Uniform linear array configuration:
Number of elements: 8
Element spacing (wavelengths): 1
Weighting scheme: uniform
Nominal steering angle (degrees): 0
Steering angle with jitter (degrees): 1.863
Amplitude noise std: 0.05
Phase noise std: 0.05

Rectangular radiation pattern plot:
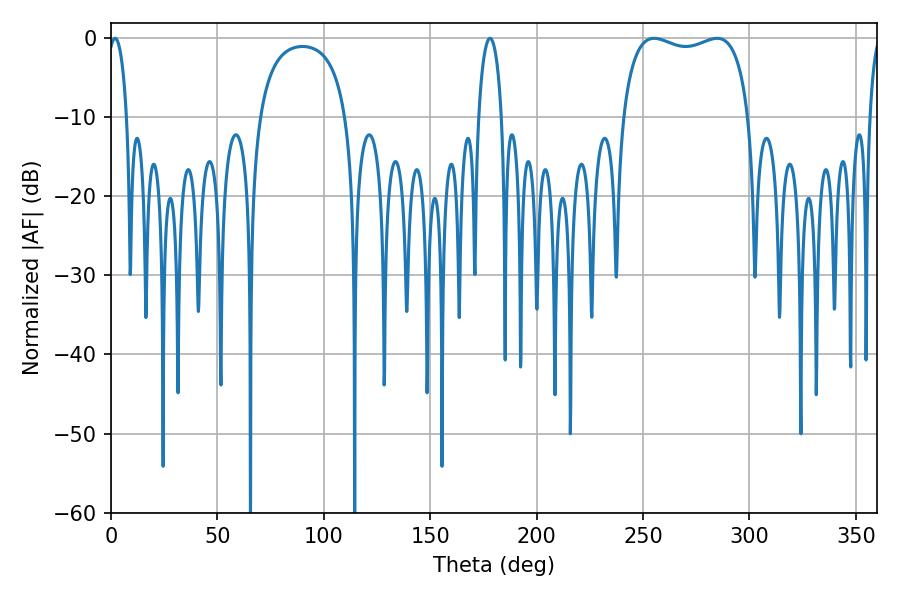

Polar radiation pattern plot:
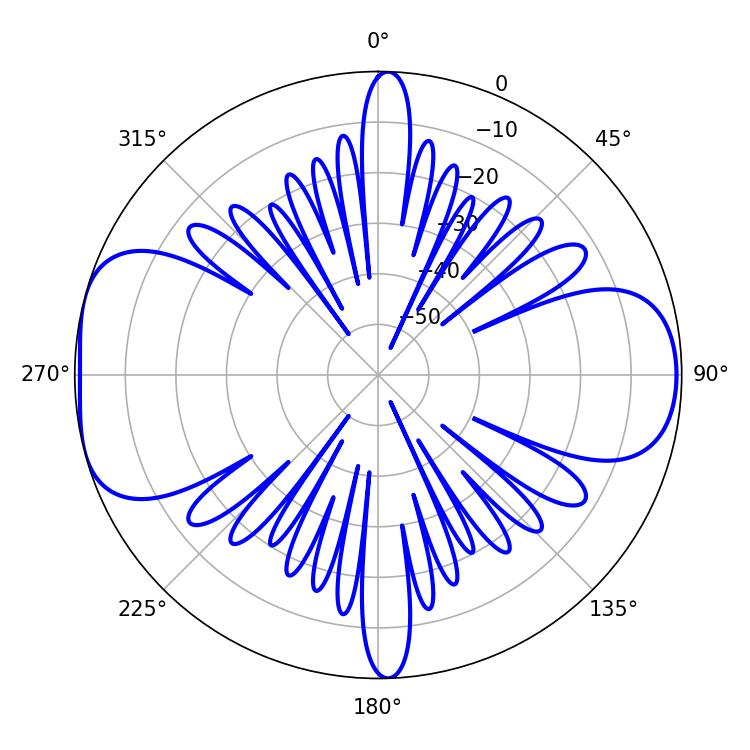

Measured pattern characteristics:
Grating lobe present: TRUE
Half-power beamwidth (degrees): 48.6
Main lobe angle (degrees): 255.24